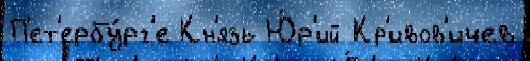
П'ет'ербу́рг'е Кн'язь Ю́р'ий Кр'ивов'ичев